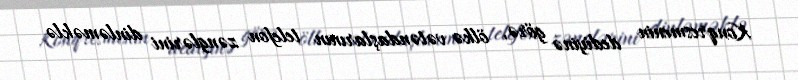
Konqresmenin dediyinə görə, ölkə vətəndaşlarının telefon zənglərini dinləməklə